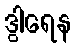
ဒွါရေန